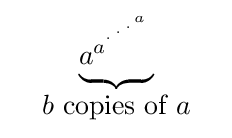
{\begin{matrix}&\underbrace {a_{}^{a^{{}^{.\,^{.\,^{.\,^{a}}}}}}} &\\&b{\mbox{ copies of }}a\end{matrix}}